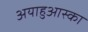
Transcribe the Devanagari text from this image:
अयाहुआस्का